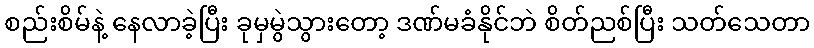
စည်းစိမ်နဲ့ နေလာခဲ့ပြီး ခုမှမွဲသွားတော့ ဒဏ်မခံနိုင်ဘဲ စိတ်ညစ်ပြီး သတ်သေတာ